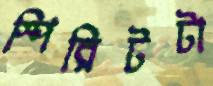
স্পিরিটটা